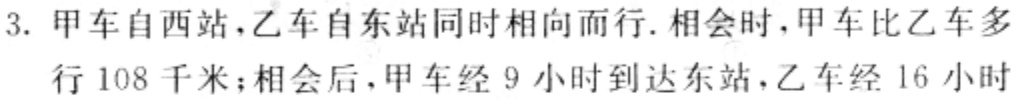
3. 甲车自西站，乙车自东站同时相向而行. 相会时，甲车比乙车多

行 108 千米；相会 后，甲车经 9 小时到达东站，乙车经 16 小时